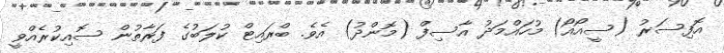
އޮފިސަރު (ސީއޯއޯ) މުހައްމަދު އާސިފް (މޮންދު) އެެވެ. ބްރައިޓް ކުލަބުގެ ފަރާތުން ސޮއިކުރެއްވީ